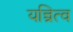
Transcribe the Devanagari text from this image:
यन्त्रित्व